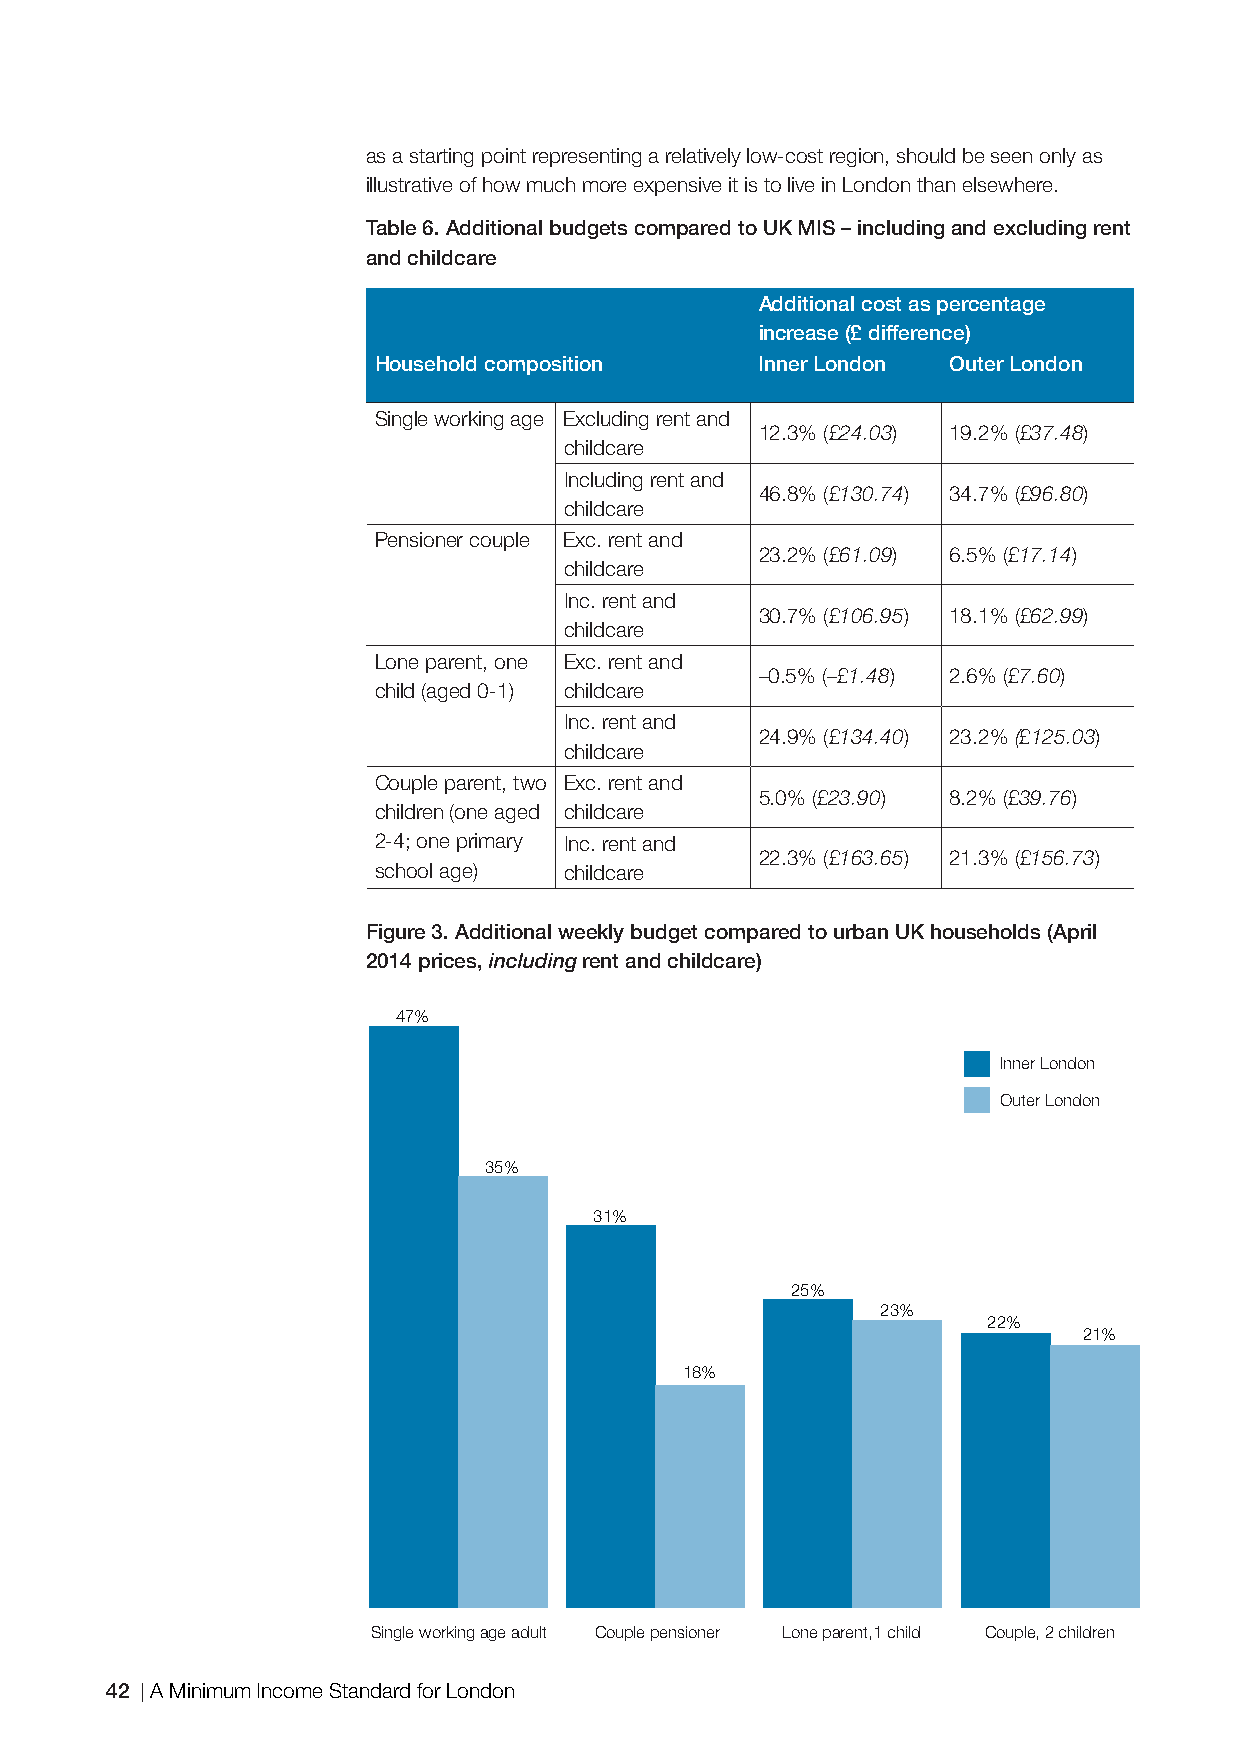
as a starting point representing a relatively low-cost region, should be seen only as
 illustrative of how much more expensive it is to live in London than elsewhere.
 Table 6. Additional budgets compared to UK MIS – including and excluding rent
 and childcare
 Additional cost as percentage
 increase (£ difference)
 Household composition    Inner London Outer London
 Single working age Excluding rent and
 12.3% (£24.03) 19.2% (£37.48)
 childcare
 Including rent and
 46.8% (£130.74) 34.7% (£96.80)
 childcare
 Pensioner couple Exc. rent and
 23.2% (£61.09) 6.5% (£17.14)
 childcare
 Inc. rent and
 30.7% (£106.95) 18.1% (£62.99)
 childcare
 Lone parent, one Exc. rent and
 –0.5% (–£1.48) 2.6% (£7.60)
 child (aged 0-1) childcare
 Inc. rent and
 24.9% (£134.40) 23.2% (£125.03)
 childcare
 Couple parent, two Exc. rent and
 5.0% (£23.90) 8.2% (£39.76)
 children (one aged childcare
 2-4; one primary Inc. rent and
 22.3% (£163.65) 21.3% (£156.73)
 school age) childcare
 Figure 3. Additional weekly budget compared to urban UK households (April
 2014 prices, including rent and childcare)
 47%
 Inner London
 Outer London
 35%
 31%
 25%
 23%
 22%
 21%
 18%
 Single working age adult Couple pensioner Lone parent,1 child Couple, 2 children
 42 A Minimum Income Standard for London